Indian journal of veterinary science and animal husbandry - Volume 11,
Year: 1941
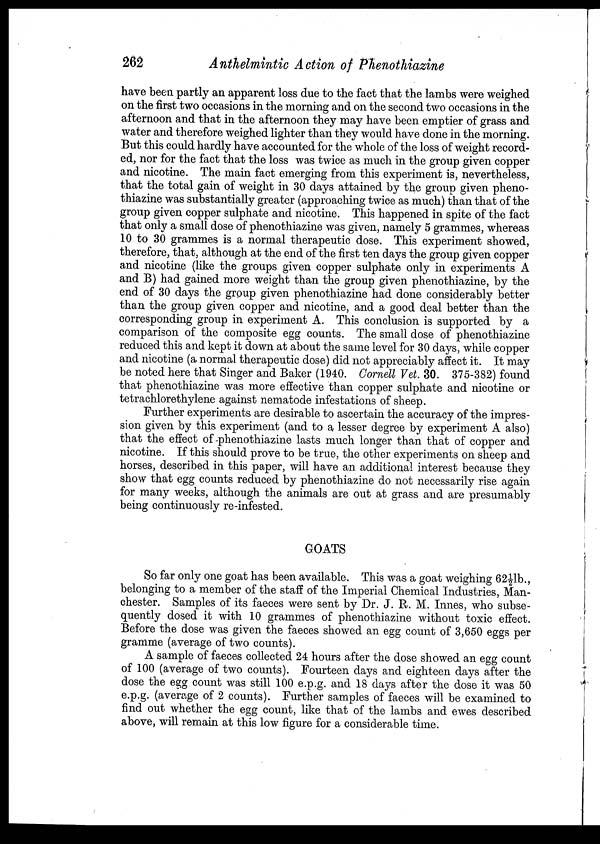
262
Anthelmintic Action of Phenothiazine
have been partly an apparent loss due to the fact that the lambs were weighed
on the first two occasions in the morning and on the second two occasions in the
afternoon and that in the afternoon they may have been emptier of grass and
water and therefore weighed lighter than they would have done in the morning.
But this could hardly have accounted for the whole of the loss of weight record-
ed, nor for the fact that the loss was twice as much in the group given copper
and nicotine. The main fact emerging from this experiment is, nevertheless,
that the total gain of weight in 30 days attained by the group given pheno-
thiazine was substantially greater (approaching twice as much) than that of the
group given copper sulphate and nicotine. This happened in spite of the fact
that only a small dose of phenothiazine was given, namely 5 grammes, whereas
10 to 30 grammes is a normal therapeutic dose. This experiment showed,
therefore, that, although at the end of the first ten days the group given copper
and nicotine (like the groups given copper sulphate only in experiments A
and B) had gained more weight than the group given phenothiazine, by the
end of 30 days the group given phenothiazine had done considerably better
than the group given copper and nicotine, and a good deal better than the
corresponding group in experiment A. This conclusion is supported by a
comparison of the composite egg counts. The small dose of phenothiazine
reduced this and kept it down at about the same level for 30 days, while copper
and nicotine (a normal therapeutic dose) did not appreciably affect it. It may
be noted here that Singer and Baker (1940. Cornell Vet. 30. 375-382) found
that phenothiazine was more effective than copper sulphate and nicotine or
tetrachlorethylene against nematode infestations of sheep.
Further experiments are desirable to ascertain the accuracy of the impres-
sion given by this experiment (and to a lesser degr ee by experiment A also)
that the effect of phenothiazine lasts much longer than that of copper and
nicotine. If this should prove to be true, the other experiments on sheep and
horses, described in this paper, will have an additional interest because they
show that egg counts reduced by phenothiazine do not necessarily rise again
for many weeks, although the animals are out at grass and are presumably
being continuously re-infested.
GOATS
So far only one goat has been available. This was a goat weighing 62½lb.,
belonging to a member of the staff of the Imperial Chemical Industries, Man-
chester. Samples of its faeces were sent by Dr. J. R. M. Innes, who subse-
quently dosed it with 10 grammes of phenothiazine without toxic effect.
Before the dose was given the faeces showed an egg count of 3,650 eggs per
gramme (average of two counts).
A sample of faeces collected 24 hours after the dose showed an egg count
of 100 (average of two counts). Fourteen days and eighteen days after the
dose the egg count was still 100 e.p.g. and 18 days after the dose it was 50
e.p.g. (average of 2 counts). Further samples of faeces will be examined to
find out whether the egg count, like that of the lambs and ewes described
above, will remain at this low figure for a considerable time.